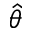
\hat { \theta }